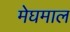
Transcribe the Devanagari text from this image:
मेघमाल